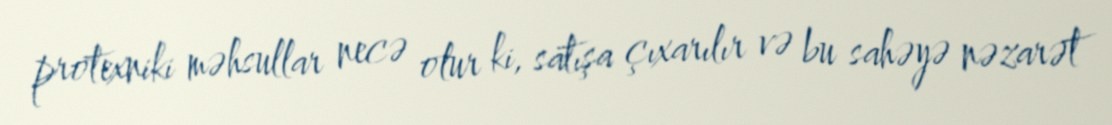
protexniki məhsullar necə olur ki, satışa çıxarılır və bu sahəyə nəzarət